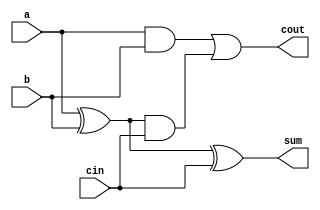
module fadder(a, b, cin, cout, sum); // full adder
	input a, b, cin;
	output cout, sum;
	wire ab_xor, ab_and, abc_and;
	
	xor xorab(ab_xor, a, b);
	and andab(ab_and, a, b);
	and andabc(abc_and, ab_xor, cin);
	
	xor xor_sum(sum, ab_xor, cin);
	
	or or_cout(cout, ab_and, abc_and);
	
endmodule